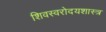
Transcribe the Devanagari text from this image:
शिवस्वरोदयशास्त्र